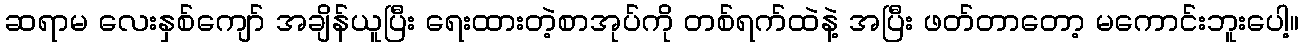
ဆရာမ လေးနှစ်ကျော် အချိန်ယူပြီး ရေးထားတဲ့စာအုပ်ကို တစ်ရက်ထဲနဲ့ အပြီး ဖတ်တာတော့ မကောင်းဘူးပေါ့။